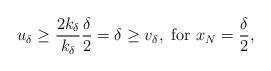
LaTeX: \begin{align*}u_{\delta}\geq \frac{2k_{\delta}}{k_{\delta}}\frac{\delta}{2}=\delta\geq v_{\delta},\textup{ for } x_N=\frac{\delta}{2},\end{align*}